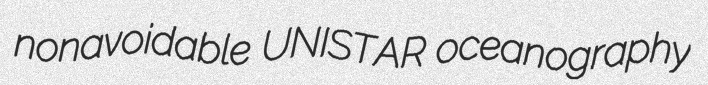
nonavoidable UNISTAR oceanography